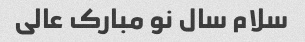
سلام سال نو مبارک عالی